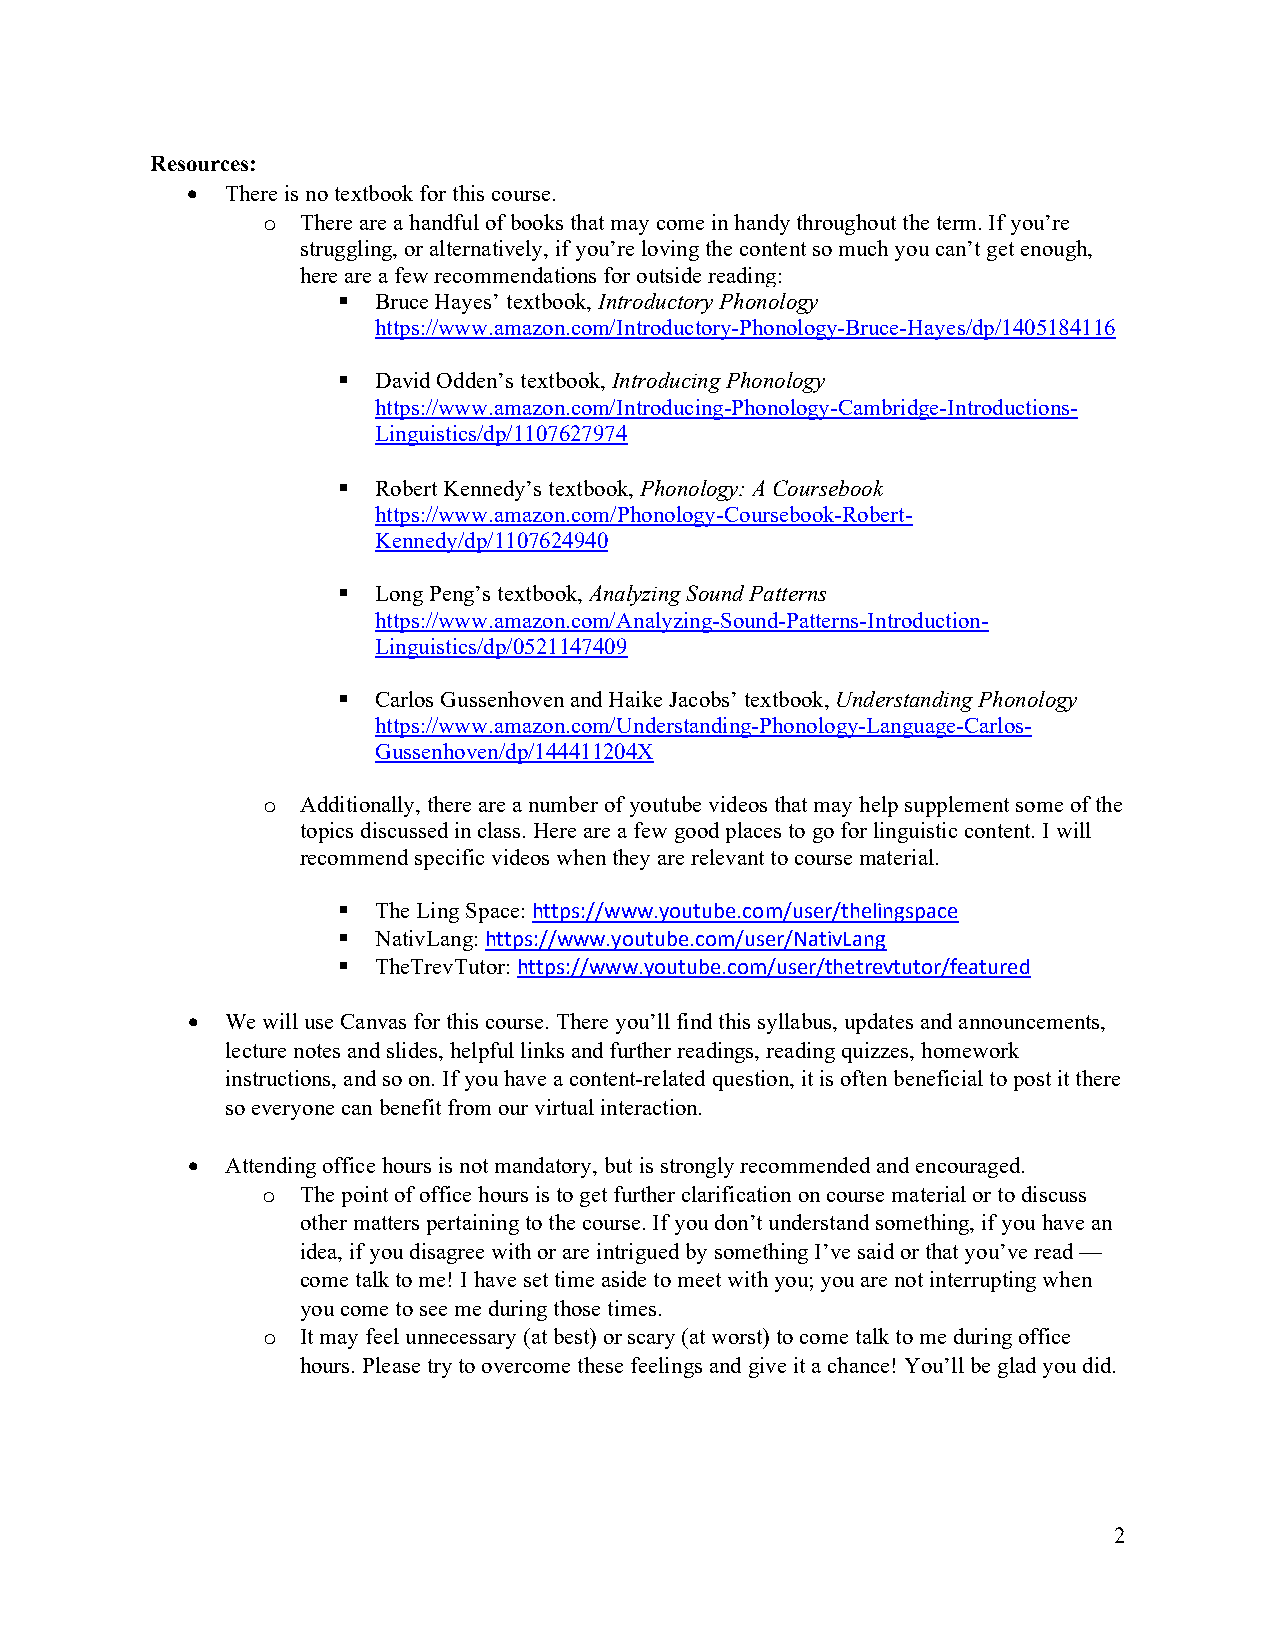
Resources:
   There is no textbook for this course.
 o  There are a handful of books that may come in handy throughout the term. If you’re
 struggling, or alternatively, if you’re loving the content so much you can’t get enough,
 here are a few recommendations for outside reading:
   Bruce Hayes’ textbook, Introductory Phonology
 https://www.amazon.com/Introductory-Phonology-Bruce-Hayes/dp/1405184116
   David Odden’s textbook, Introducing Phonology
 https://www.amazon.com/Introducing-Phonology-Cambridge-Introductions-
 Linguistics/dp/1107627974
   Robert Kennedy’s textbook, Phonology: A Coursebook
 https://www.amazon.com/Phonology-Coursebook-Robert-
 Kennedy/dp/1107624940
   Long Peng’s textbook, Analyzing Sound Patterns
 https://www.amazon.com/Analyzing-Sound-Patterns-Introduction-
 Linguistics/dp/0521147409
   Carlos Gussenhoven and Haike Jacobs’ textbook, Understanding Phonology
 https://www.amazon.com/Understanding-Phonology-Language-Carlos-
 Gussenhoven/dp/144411204X
 o  Additionally, there are a number of youtube videos that may help supplement some of the
 topics discussed in class. Here are a few good places to go for linguistic content. I will
 recommend specific videos when they are relevant to course material.
   The Ling Space: https://www.youtube.com/user/thelingspace
   NativLang: https://www.youtube.com/user/NativLang
   TheTrevTutor: https://www.youtube.com/user/thetrevtutor/featured
   We will use Canvas for this course. There you’ll find this syllabus, updates and announcements,
 lecture notes and slides, helpful links and further readings, reading quizzes, homework
 instructions, and so on. If you have a content-related question, it is often beneficial to post it there
 so everyone can benefit from our virtual interaction.
   Attending office hours is not mandatory, but is strongly recommended and encouraged.
 o  The point of office hours is to get further clarification on course material or to discuss
 other matters pertaining to the course. If you don’t understand something, if you have an
 idea, if you disagree with or are intrigued by something I’ve said or that you’ve read —
 come talk to me! I have set time aside to meet with you; you are not interrupting when
 you come to see me during those times.
 o  It may feel unnecessary (at best) or scary (at worst) to come talk to me during office
 hours. Please try to overcome these feelings and give it a chance! You’ll be glad you did.
 2